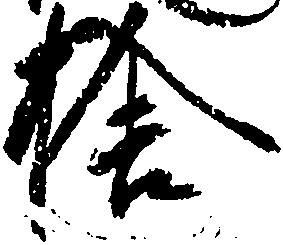
捨